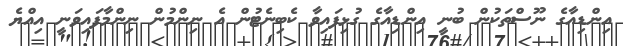
އިންޑިއާގެ ނޫސްތަކުން ބުނީ އިންޑިއާގެ ގުޅިފައިވާ ކެބިނެޓުން އެ ނިންމުން ނިންމާފައިވަނީ އިއްޔެ